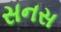
સનસ